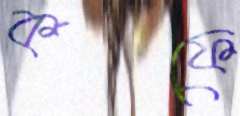
কফে